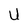
Character: U